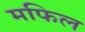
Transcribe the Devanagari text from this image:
मफिल